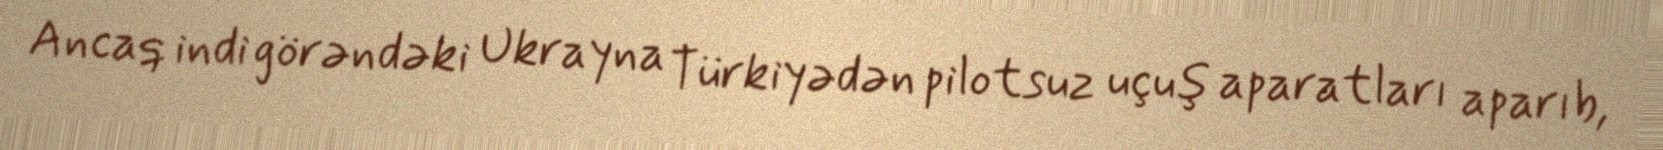
Ancaq indi görəndəki Ukrayna Türkiyədən pilotsuz uçuş aparatları aparıb,